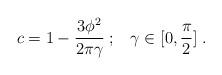
LaTeX: \begin{align*}c=1-\frac{3\phi^{2}}{2\pi\gamma}\;;\;\;\;\gamma\in[0,\frac{\pi}{2}]\;.\end{align*}